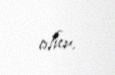
olur.